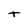
Character: t